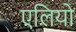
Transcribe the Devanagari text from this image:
एलियो